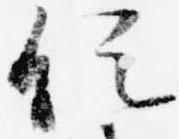
促